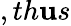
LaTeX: ,th\mathbf{u}s